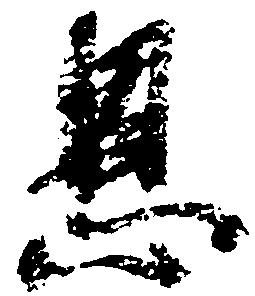
恩